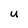
Character: U